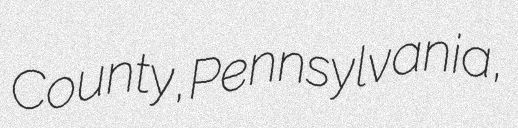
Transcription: County, Pennsylvania,